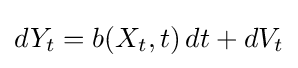
dY_{t}=b(X_{t},t)\,dt+dV_{t}